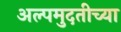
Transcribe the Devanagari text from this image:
अल्पमुदतीच्या